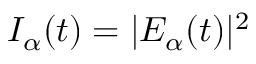
I _ { \alpha } ( t ) = | E _ { \alpha } ( t ) | ^ { 2 }